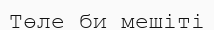
Төле би мешіті